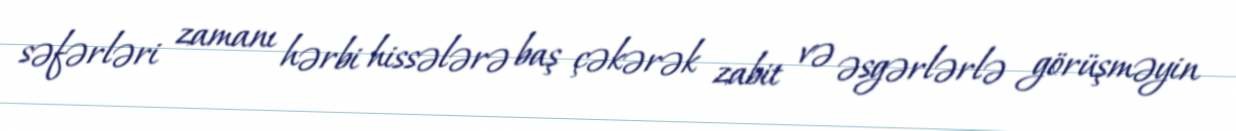
səfərləri zamanı hərbi hissələrə baş çəkərək zabit və əsgərlərlə görüşməyin